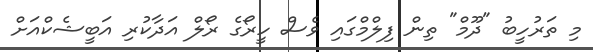
މި ތަރުހީބު "ދޫމް" ތިން ފިލްމްގައި ވެސް ހީރޯގެ ރޯލް އަދާކުރި އަބީޝެކްއަށް